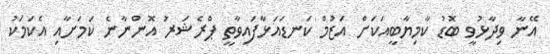
އޭނާ ވިދާޅުވީ ބޮޑު ކާމިޔާބީއަކަށް އަޒުމް ކަނޑައަޅާފައިވާތީ ޕްރެޝަރު އޮންނާނެ ކަމަށާއި އެކަމަކު